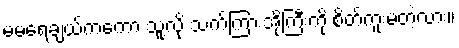
မမရေချယ်ကကော သူ့လို သက်ကြားအိုကြီးကို စိတ်ကူးမတဲ့လား။